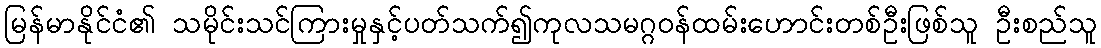
မြန်မာနိုင်ငံ၏ သမိုင်းသင်ကြားမှုနှင့်ပတ်သက်၍ကုလသမဂ္ဂဝန်ထမ်းဟောင်းတစ်ဦးဖြစ်သူ ဦးစည်သူ